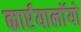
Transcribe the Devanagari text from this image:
कार्एयालाॅयो